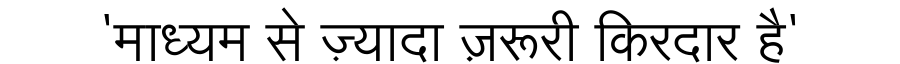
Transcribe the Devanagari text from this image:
'माध्यम से ज़्यादा ज़रूरी किरदार है'